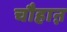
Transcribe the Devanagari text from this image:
चौहाऩ़